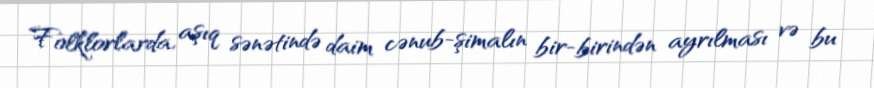
Folklorlarda, aşıq sənətində daim cənub-şimalın bir-birindən ayrılması və bu